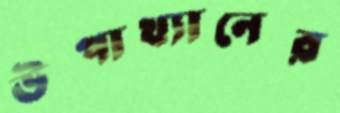
উপাখ্যানের